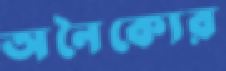
অনৈক্যের